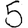
Digit: 5